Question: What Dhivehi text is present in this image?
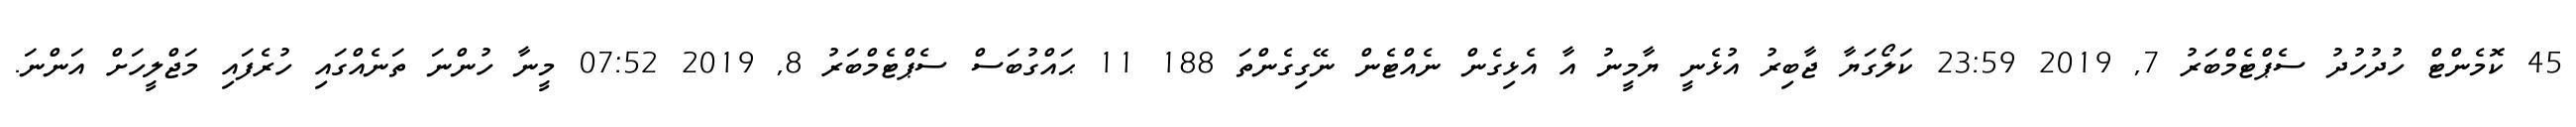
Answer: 45 ކޮމެންޓް ހުދުހުދު ސެޕްޓެމްބަރު 7, 2019 23:59 ކަލޯގަޔާ ޖާބިރު އުޅެނީ ޔާމީނު އާ އެޅިގެން ނެއްޓެން ނޭގިގެންތަ 188 11 ޙައްގުބަސް ސެޕްޓެމްބަރު 8, 2019 07:52 މީނާ ހުންނަ ތަނެއްގައި ހުރެފައި މަޖްލީހަށް އަންނަ.